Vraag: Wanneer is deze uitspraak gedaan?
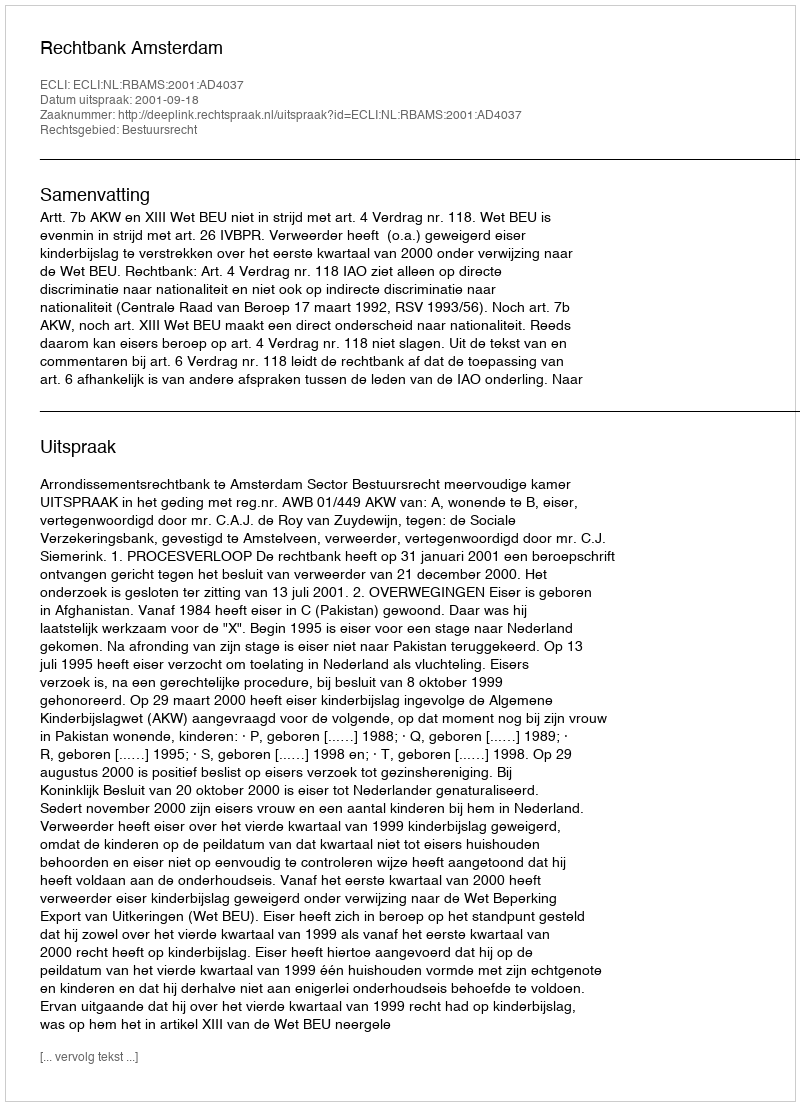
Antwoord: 2001-09-18